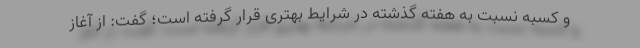
و کسبه نسبت به هفته گذشته در شرایط بهتری قرار گرفته است؛ گفت: از آغاز